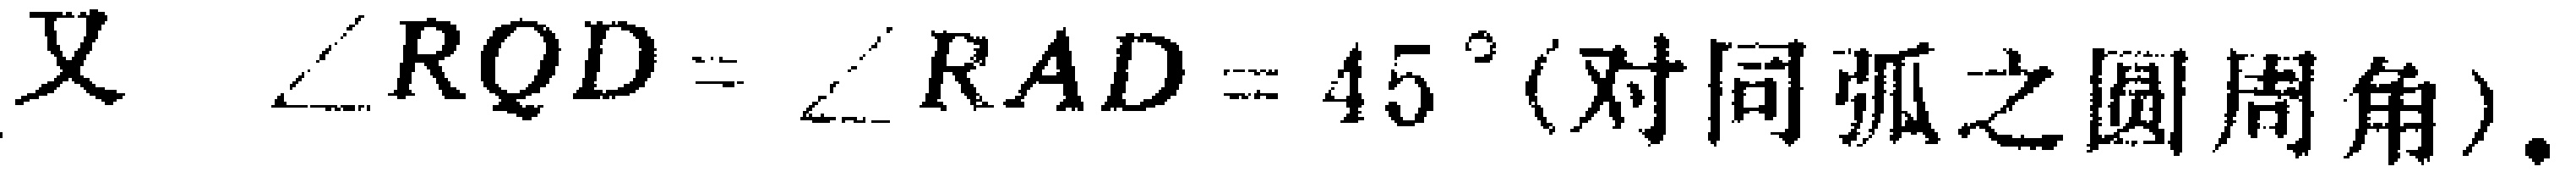
又 $\angle RQD=\angle RAD = 45^{\circ}$(对同弧之圆周角).